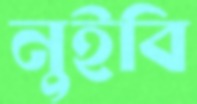
নুইবি